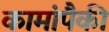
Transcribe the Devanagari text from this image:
कामांपैकी